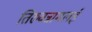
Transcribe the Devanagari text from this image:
तिरुवन्नामलई